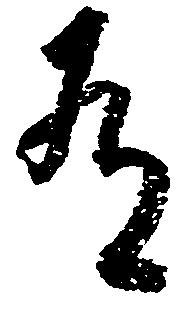
有